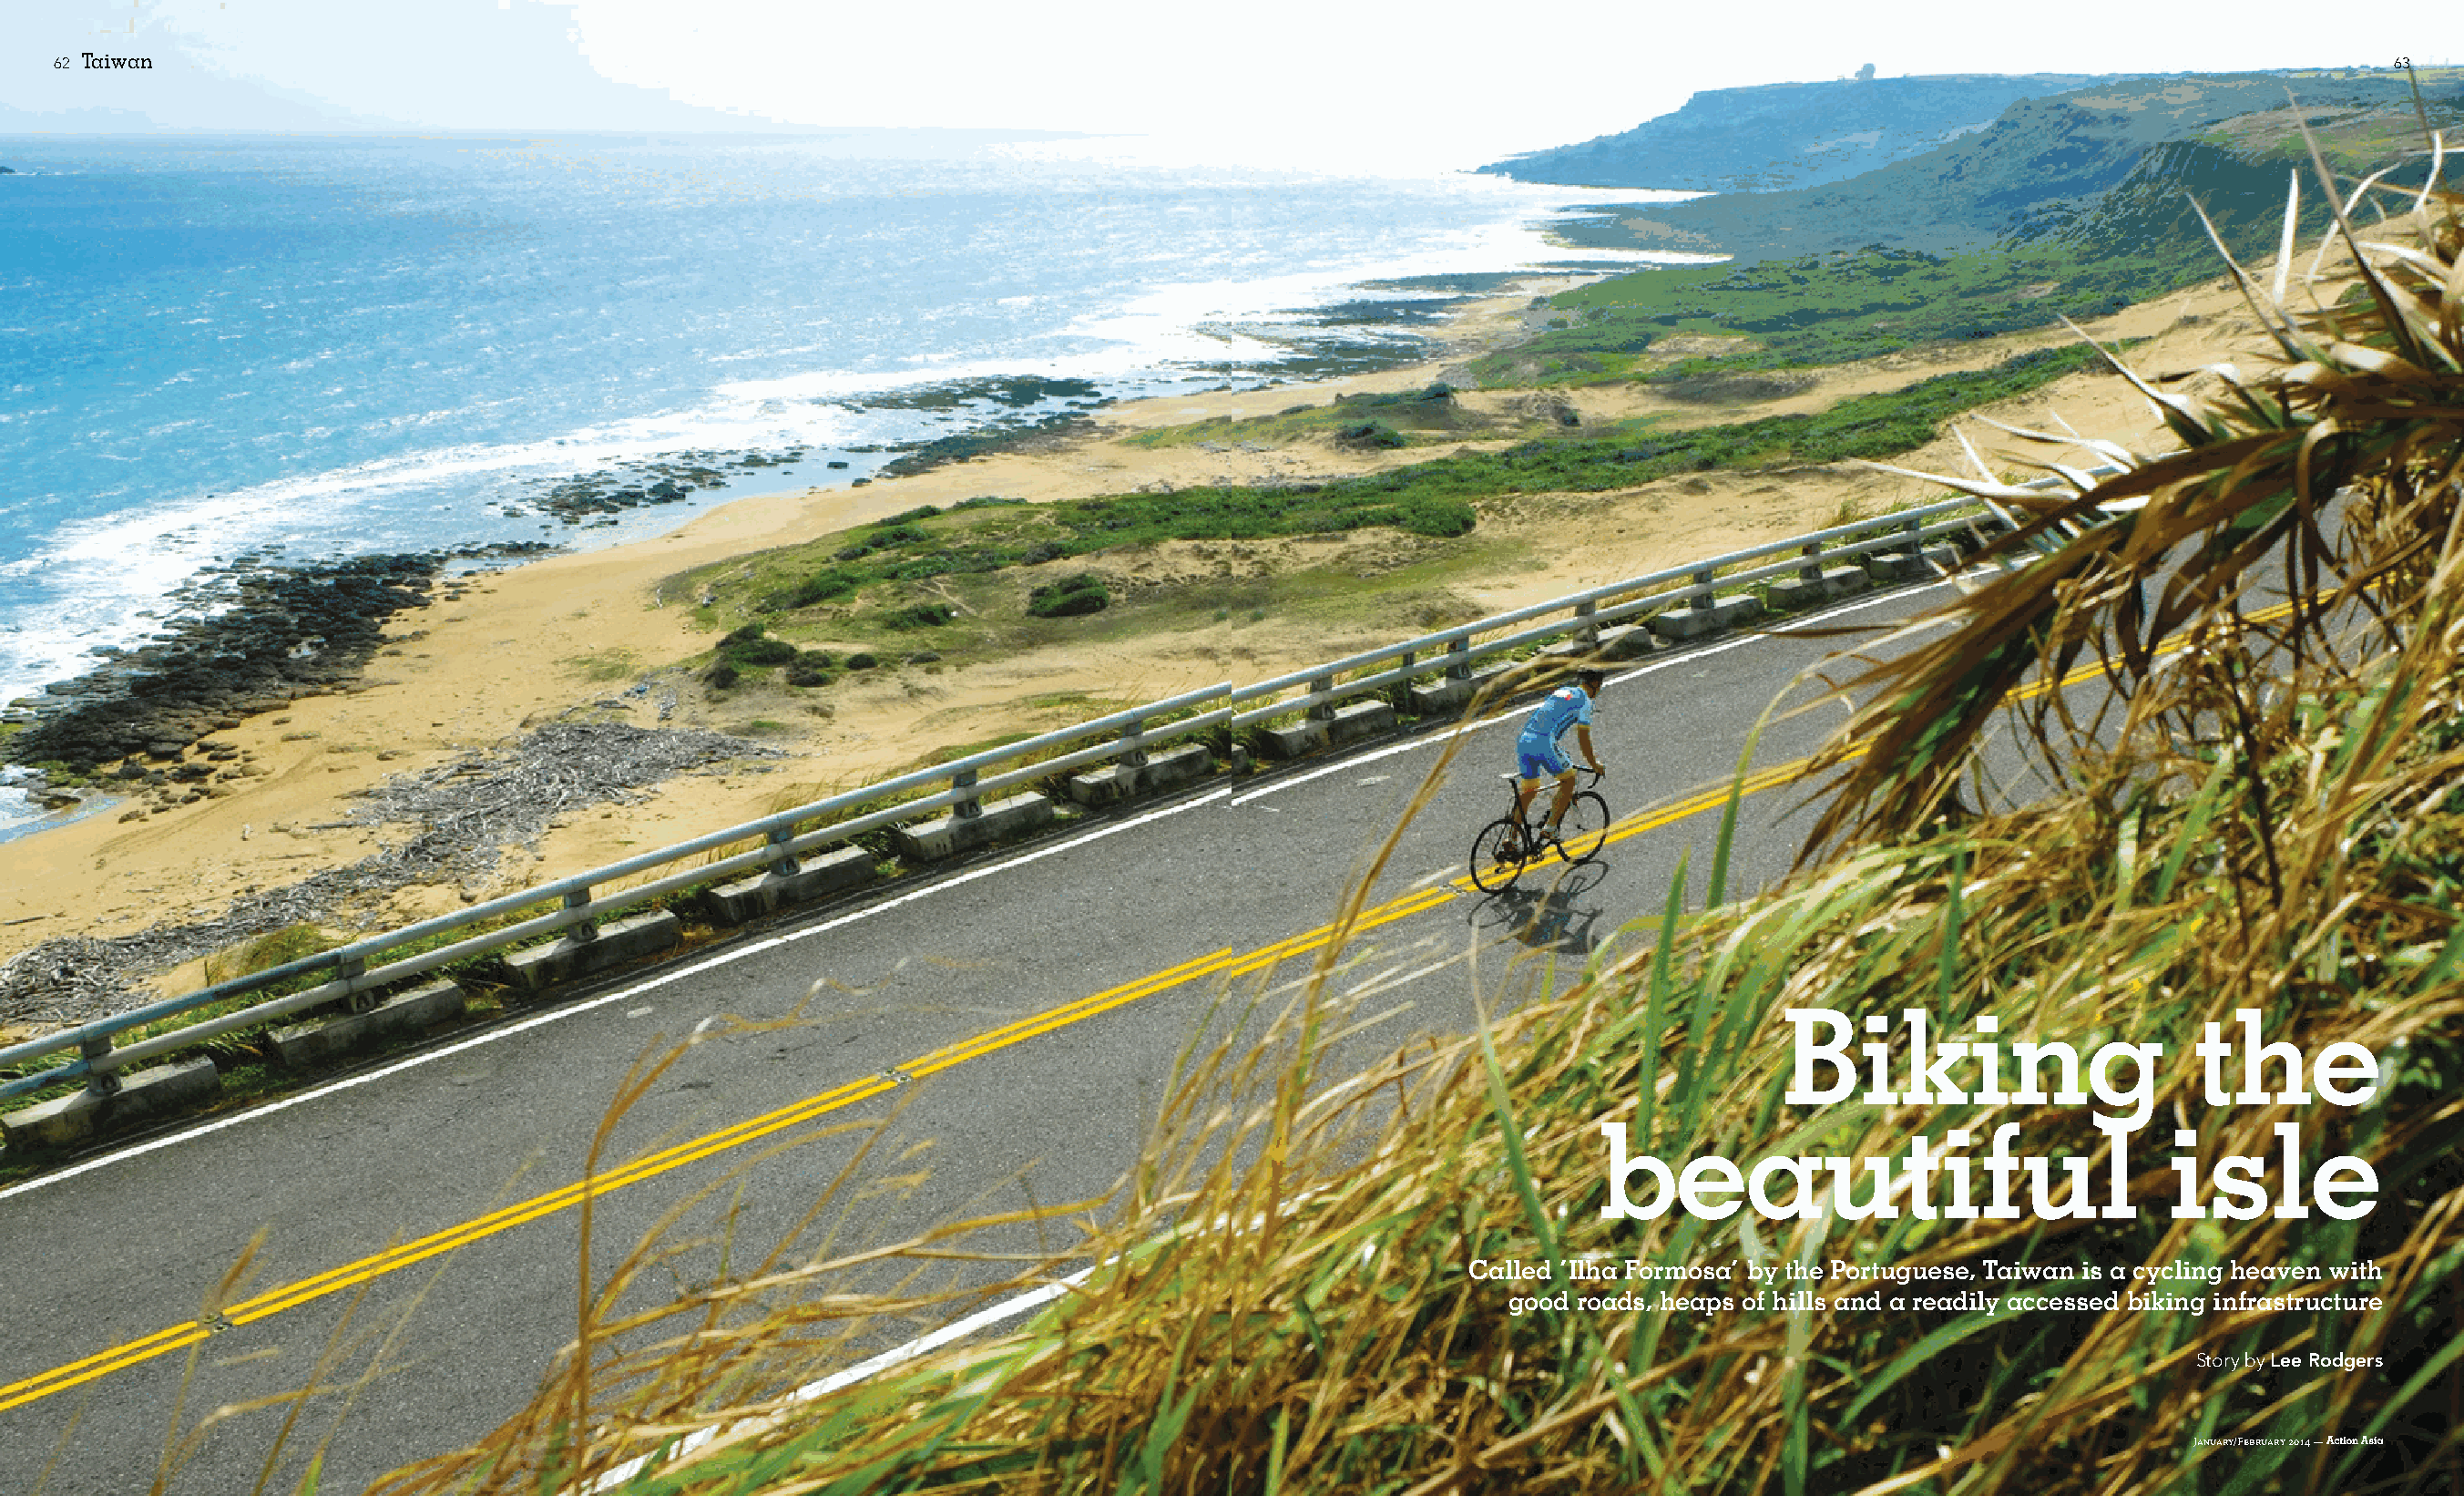
62 Taiwan                                                                                                                                                                 63
 Biking                        the
 beautiful                                isle
 Called ‘Ilha Formosa’ by the Portuguese, Taiwan is a cycling heaven with
 good roads, heaps of hills and a readily accessed biking infrastructure
 Story by Lee Rodgers
 January/February 2014 —